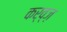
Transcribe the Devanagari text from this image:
कर्व्ज़